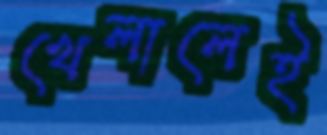
খেলালেই